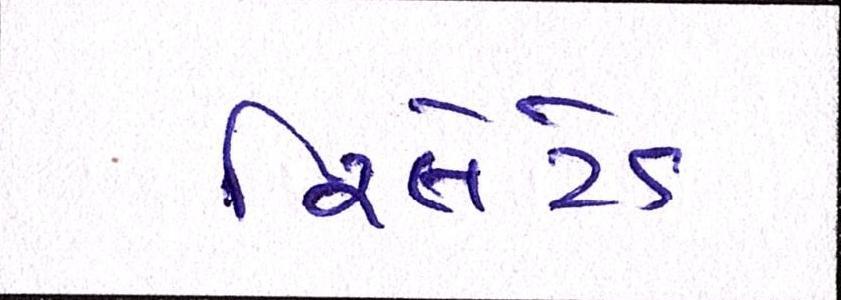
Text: રિલેટેડ